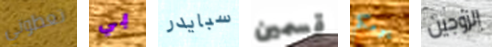
تعطوني بي سبايدر قسمين يومكم الزوجين